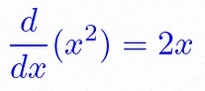
\frac{d}{dx}(x^2)=2x